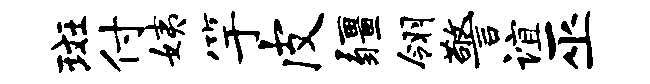
斑付姨竽皮疆翎警谊巫